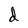
Character: d